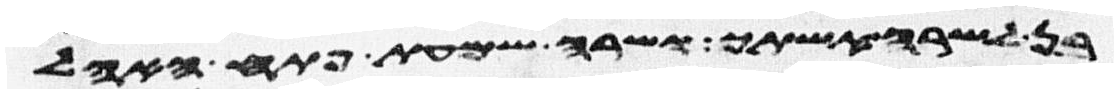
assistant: בן לשרה אשתך ושרה שמעת פתח האהל